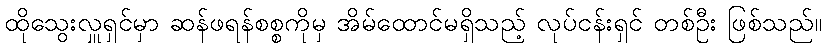
ထိုသွေးလှူရှင်မှာ ဆန်ဖရန်စစ္စကိုမှ အိမ်ထောင်မရှိသည့် လုပ်ငန်းရှင် တစ်ဦး ဖြစ်သည်။